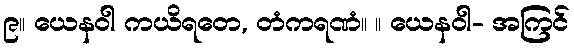
၉။ ယေနဝါ ကယိရတေ, တံကရဏံ။ ။ ယေနဝါ- အကြင်